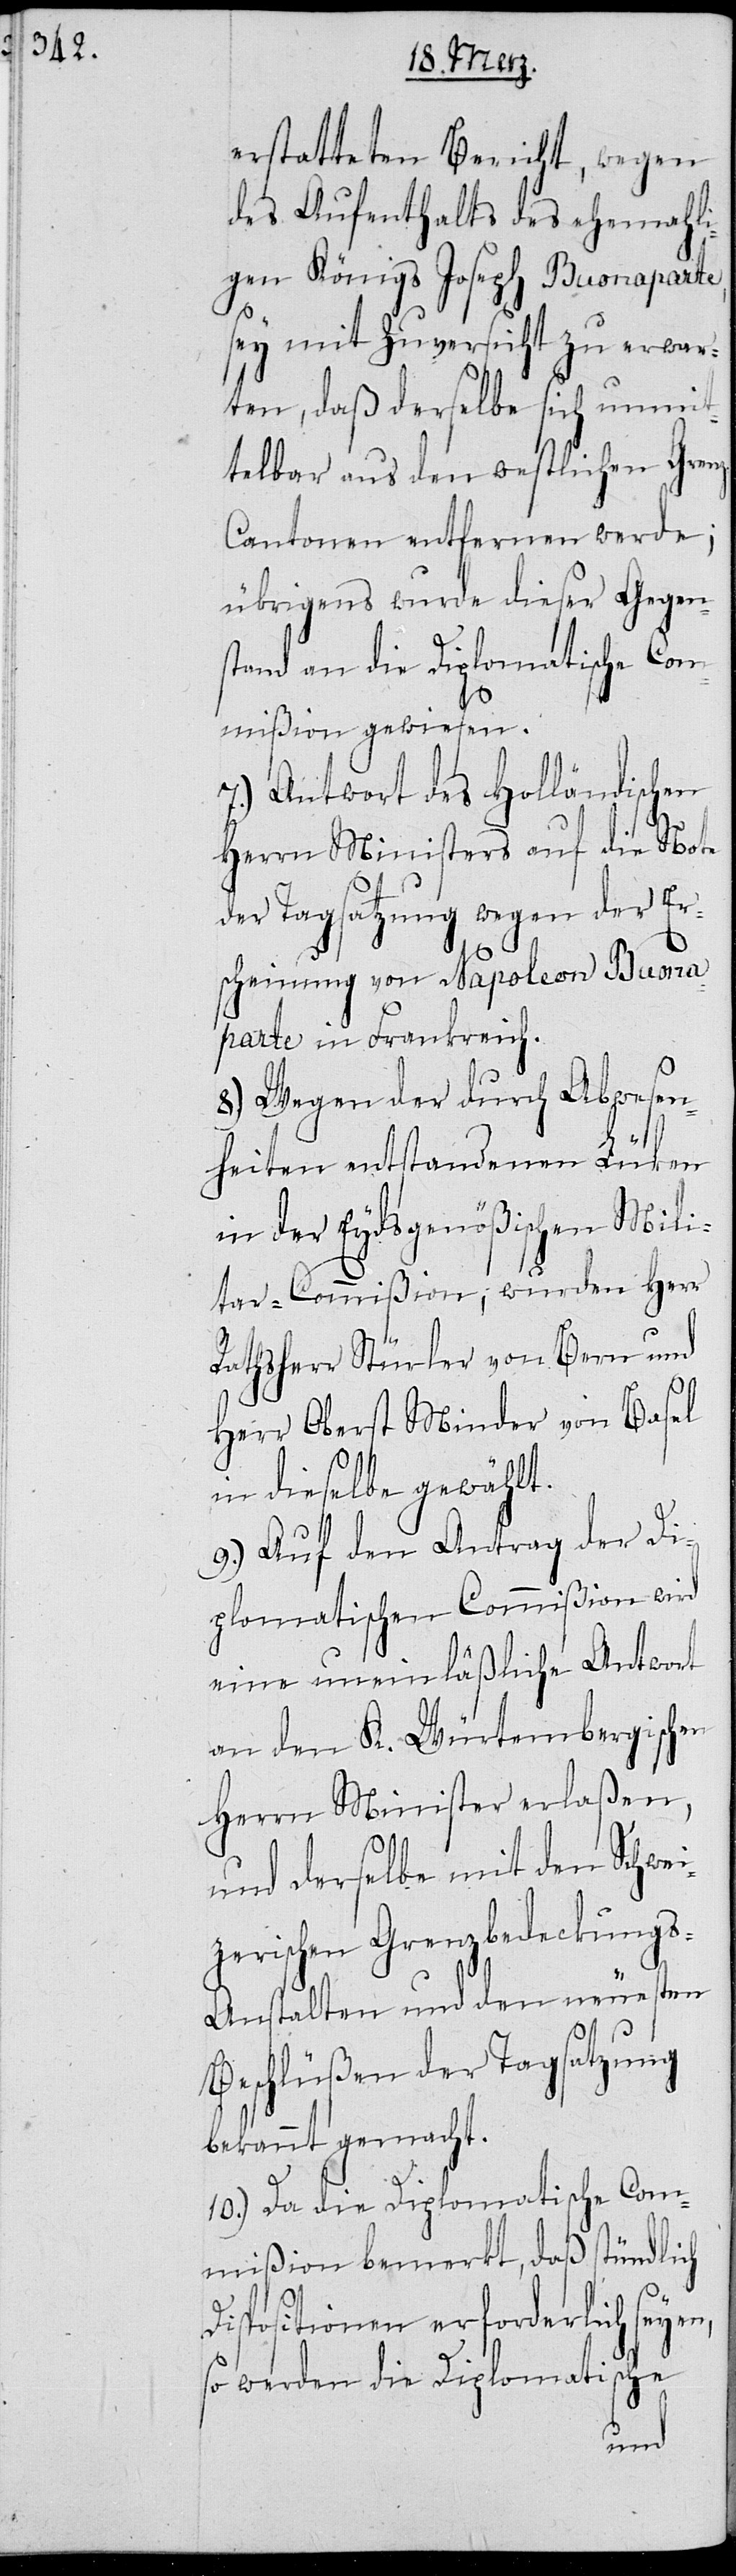
erstatteten Bericht, wegen
des Aufenthalts des ehemali¬
gen Königs Joseph Buonaparte,
sey mit Zuversicht zu erwar¬
ten, daß derselbe sich unmit¬
telbar aus den westlichen Gren¬
z-Cantonen entfernen werde;
übrigens wurde dieser Gegen¬
stand an die Diplomatische Com¬
mißion gewiesen.
7.) Antwort des Holländischen
Herrn Ministers auf die Note
der Tagsatzung wegen der Er¬
scheinung von Napoleon Buona¬
parte in Frankreich.
8.) Wegen der durch Abwesen¬
heiten entstandenen Lüken
in der Eydsgenößischen Mili¬
tar-Commißion, wurden Herr
Rathsherr Stürler von Bern und
Herr Oberst Minder von Basel
in dieselbe gewählt.
9.) Auf den Antrag der Di¬
plomatischen Commißion wird
eine uneinläßliche Antwort
an den K. Würtembergischen
Herrn Minister erlaßen,
und derselbe mit den Schwe¬
izerischen Grenzbedeckung¬
s-Anstalten und den neuesten
Beschlüßen der Tagsatzung
bekannt gemacht.
10.) Da die Diplomatische Com¬
mißion bemerkt, daß stündlich
Dispositionen erforderlich seyen,
so werden die Diplomatische